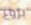
بزوغ